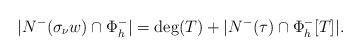
LaTeX: \begin{align*} |N^-(\sigma_{\nu}w)\cap \Phi_h^-| = \deg(T) + |N^-(\tau)\cap \Phi_h^-[T]|.\end{align*}